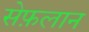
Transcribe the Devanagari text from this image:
सेफ़लान